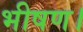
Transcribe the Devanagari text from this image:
भीषण।